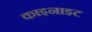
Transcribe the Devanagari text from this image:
काइनाइट